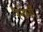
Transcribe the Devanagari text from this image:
रैनेसाँ